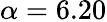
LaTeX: \alpha=6.20